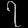
Digit: ၇